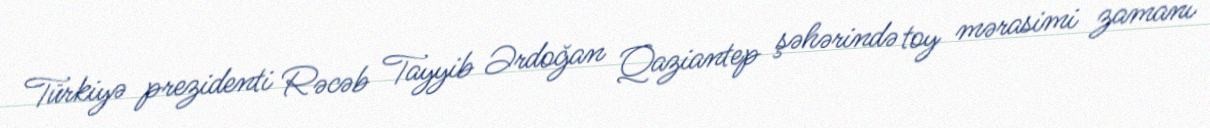
Türkiyə prezidenti Rəcəb Tayyib Ərdoğan Qaziantep şəhərində toy mərasimi zamanı